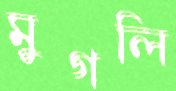
মুগলি